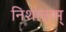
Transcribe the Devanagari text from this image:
निशानाम्